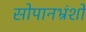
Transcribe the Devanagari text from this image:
सोपानभ्रंशों